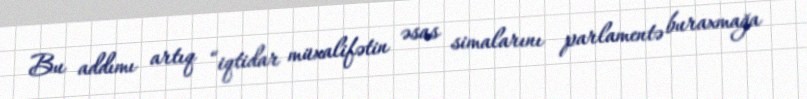
Bu addımı artıq “iqtidar müxalifətin əsas simalarını parlamentə buraxmağa